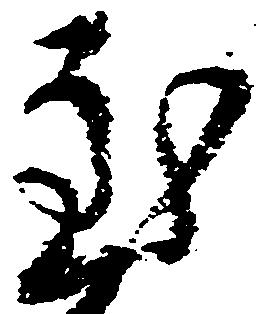
至